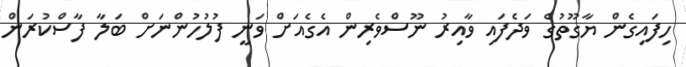
ހިފައިގެން ޔާގޫތުގެ ވަދެފައި ވާއިރު ނޫސްވެރިން އެގެއަށް ވަނީ ފުލުހުންނަށް ބަލާ ފާސްކުރަން